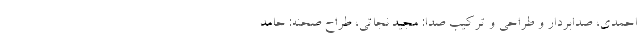
احمدی، صدابردار و طراحی و ترکیب صدا: مجید نجاتی، طراح صحنه: حامد